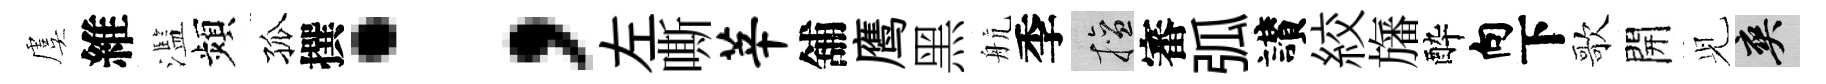
虞維濫頻孤撰；左嘶莘舖鹰黑航季擅審弧讃絞旛酔向下歌開𫤗爽